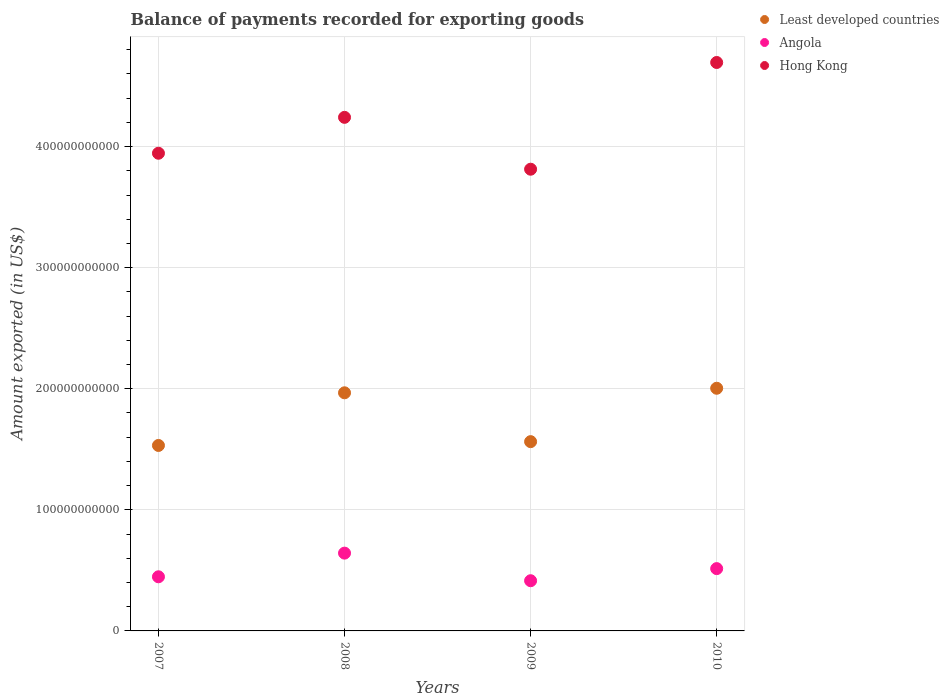
| Years | Least developed countries | Angola | Hong Kong |
 | --- | --- | --- | --- |
 | 2007 | 1.53e+11 | 4.47e+10 | 3.94e+11 |
 | 2008 | 1.97e+11 | 6.42e+10 | 4.24e+11 |
 | 2009 | 1.56e+11 | 4.15e+10 | 3.81e+11 |
 | 2010 | 2e+11 | 5.15e+10 | 4.69e+11 |